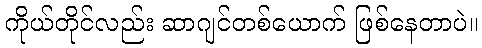
ကိုယ်တိုင်လည်း ဆာဂျင်တစ်ယောက် ဖြစ်နေတာပဲ။